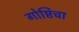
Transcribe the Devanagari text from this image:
गोष्टिंचा